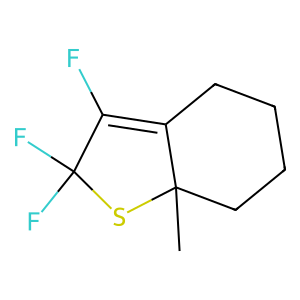
SMILES: CC12CCCCC1=C(F)C(F)(F)S2
Inhibits HIV replication: No